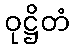
ဝုဋ္ဌိတံ